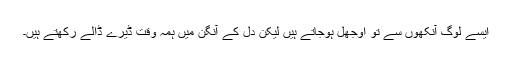
ایسے لوگ آنکھوں سے تو اُوجھل ہوجاتے ہیں لیکن دل کے آنگن میں ہمہ وقت ڈیرے ڈالے رکھتے ہیں۔